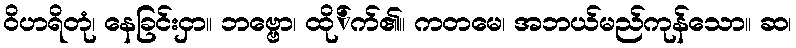
ဝိဟရိတုံ၊ နေခြင်းငှာ။ ဘဗ္ဗော၊ ထို်က်၏။ ကတမေ၊ အဘယ်မည်ကုန်သော။ ဆ၊